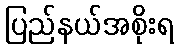
ပြည်နယ်အစိုးရ